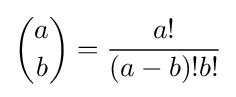
{a \choose b}={\frac {a!}{(a-b)!b!}}